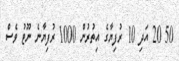
50 20 އަދި 10 ރުފިޔާގެ އިތުރުން 1000 ރުފިޔާނެ ނޫޓު ވެސް